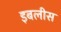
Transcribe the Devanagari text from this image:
इबलीस